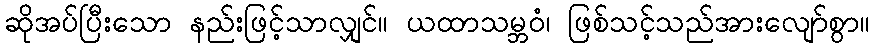
ဆိုအပ်ပြီးသော နည်းဖြင့်သာလျှင်။ ယထာသမ္ဘဝံ၊ ဖြစ်သင့်သည်အားလျော်စွာ။